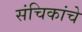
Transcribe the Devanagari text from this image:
संचिकांचे